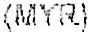
(MYR)